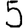
Digit: 5